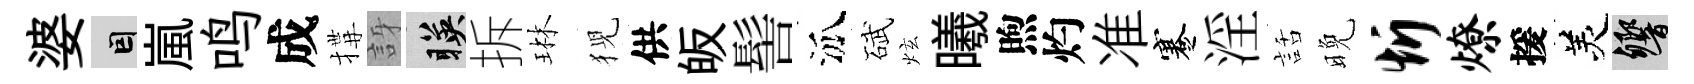
婆因嵐鸣成搆訝暎拆琳猊供皈髻泒碔炫曦煦灼准蹇淫話晚忻燎援羙響